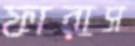
ফারাস